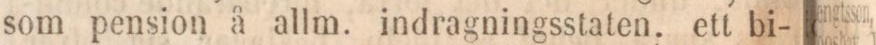
som pension å allm. indragningsstaten. ett bi-